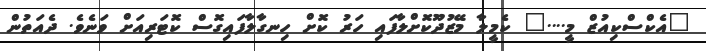
"އެކްސްކިއުޒް މީ...." ކެމީލާ މޭޒުދޫކޮށްލާފައި ހަރު ކޮށް ހިނގާލާފައިގޮސް ކޮޓަރިއަށް ވަނެވެ. ދެއަތުން